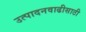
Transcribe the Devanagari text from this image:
उत्पादनवाढीसाठी